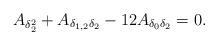
LaTeX: \begin{align*} A_{\delta_2^2}+A_{\delta_{1,2}\delta_2} -12A_{\delta_0\delta_2}=0.\end{align*}